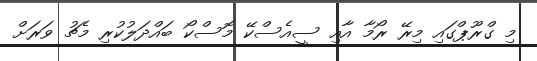
މި ގްރޫޕްގައި މިރޭ ރޯމާ އާއި ސީއެސްކޭ މޮސްކޯ ބައްދަލުކުރި މެޗު ވަރަށް